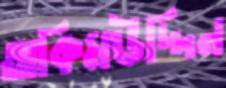
অকিমউদ্দিন